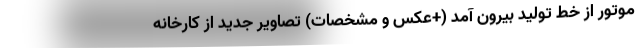
موتور از خط تولید بیرون آمد (+عکس و مشخصات) تصاویر جدید از کارخانه